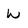
Character: W